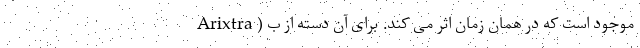
Arixtra ) موجود است که در همان زمان اثر می کند. برای آن دسته از ب